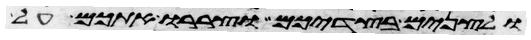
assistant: ולצנים בצדיכם וצררו אתכם על